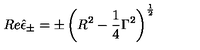
R e \hat { \epsilon } _ { \pm } = \pm \left( R ^ { 2 } - \frac 1 4 \Gamma ^ { 2 } \right) ^ { \frac 1 2 }